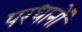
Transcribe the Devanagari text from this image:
परधानों